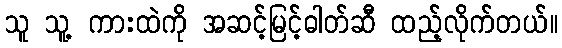
သူ သူ့ ကားထဲကို အဆင့်မြင့်ဓါတ်ဆီ ထည့်လိုက်တယ်။